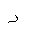
Letter: _dal